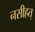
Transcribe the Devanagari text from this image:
नसीहत्